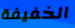
الخفيفة